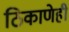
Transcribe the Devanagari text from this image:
ठिकाणेही